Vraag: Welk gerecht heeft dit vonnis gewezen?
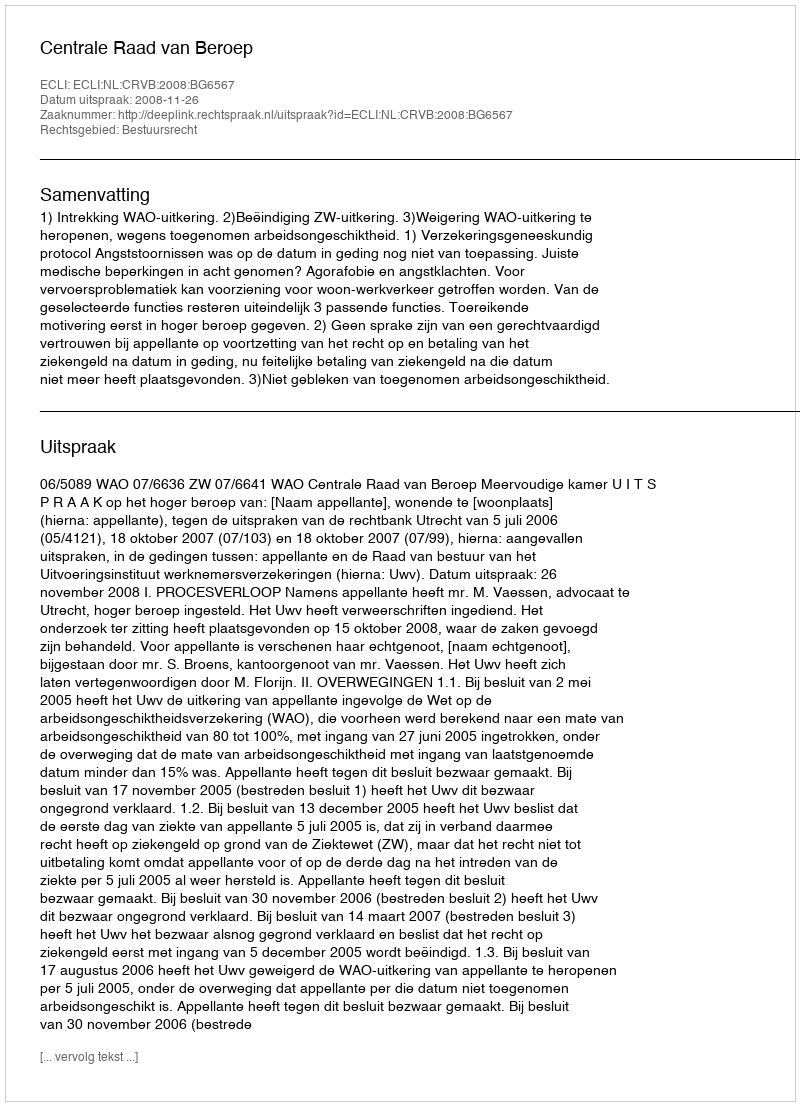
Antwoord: Centrale Raad van Beroep